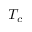
T _ { c }